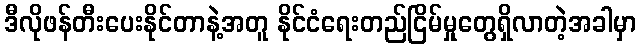
ဒီလိုဖန်တီးပေးနိုင်တာနဲ့အတူ နိုင်ငံရေးတည်ငြိမ်မှုတွေရှိလာတဲ့အခါမှာ